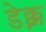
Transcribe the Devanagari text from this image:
डेक्क्न